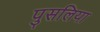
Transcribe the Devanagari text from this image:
पुसलिया